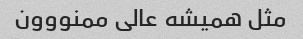
مثل همیشه عالی ممنووون